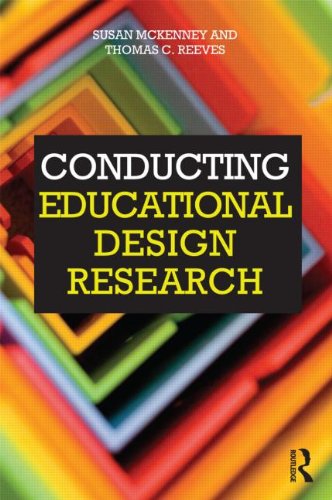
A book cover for Conducting Educational Design Research; Susan McKenney; Education & Teaching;